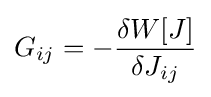
G_{ij}=-{\frac {\delta W[J]}{\delta J_{ij}}}